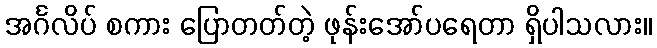
အင်္ဂလိပ် စကား ပြောတတ်တဲ့ ဖုန်းအော်ပရေတာ ရှိပါသလား။